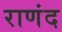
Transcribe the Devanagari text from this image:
राणंद